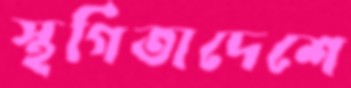
স্থগিতাদেশে